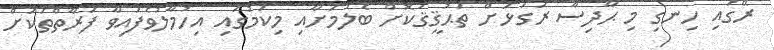
ރޭގައި ހިނގި މި ޙާދިސާ ރަގަޅަށް ތަޙުޤީޤުކޮށް ބެލުމަށާއި މިކަމުގައި އިހުމާލުވެފައިވާ ފަރާތްތަކަށް